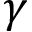
\gamma